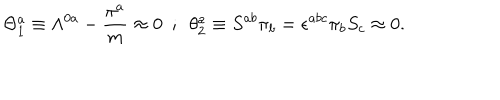
\Theta _ { 1 } ^ { a } \equiv \Lambda ^ { 0 a } - { \frac { \pi ^ { a } } { m } } \approx 0 ~ ~ ; ~ ~ \theta _ { 2 } ^ { a } \equiv S ^ { a b } \pi _ { b } = \epsilon ^ { a b c } \pi _ { b } S _ { c } \approx 0 .